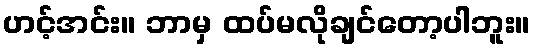
ဟင့်အင်း။ ဘာမှ ထပ်မလိုချင်တော့ပါဘူး။